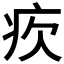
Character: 𤴼